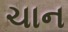
ચાન